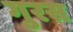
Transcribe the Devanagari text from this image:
गुरस